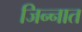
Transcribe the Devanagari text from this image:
जिन्‍नात